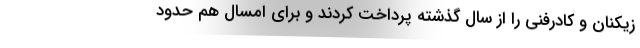
زیکنان و کادرفنی را از سال گذشته پرداخت کردند و برای امسال هم حدود